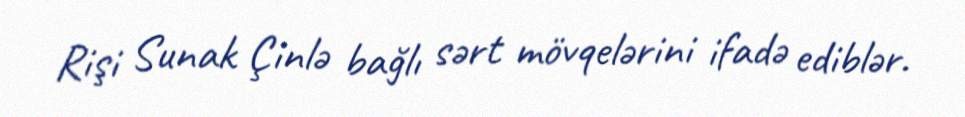
Rişi Sunak Çinlə bağlı sərt mövqelərini ifadə ediblər.